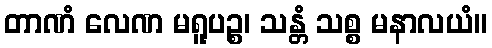
တာဏံ လေဏ မရူပဉ္စ၊ သန္တံ သစ္စ မနာလယံ။